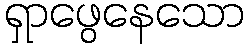
ရှာဖွေနေသော